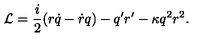
{ \cal L } = \frac { i } { 2 } ( r \dot { q } - \dot { r } q ) - q ^ { \prime } r ^ { \prime } - \kappa q ^ { 2 } r ^ { 2 } .